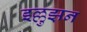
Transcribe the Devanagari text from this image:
इल्लुझ़न